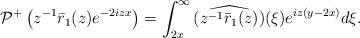
LaTeX: \begin{align*}\begin{aligned}\mathcal{P}^{+}\left(z^{-1}\bar{r}_1(z) e^{-2 i z x}\right)&=\int_{2x}^{\infty}\widehat{ (z^{-1}\bar{r}_1(z))}(\xi) e^{iz(y-2x) } d\xi.\end{aligned}\end{align*}